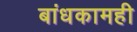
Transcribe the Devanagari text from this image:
बांधकामही